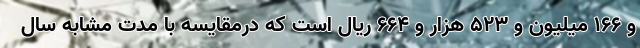
و ۱۶۶ میلیون و ۵۲۳ هزار و ۶۶۴ ریال است که درمقایسه با مدت مشابه سال